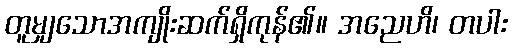
တူမျှသောအကျိုးဆက်ရှိကုန်၏။ အညေဟိ၊ တပါး